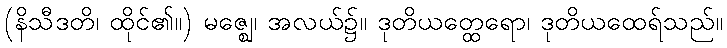
(နိသီဒတိ၊ ထိုင်၏။) မဇ္ဈေ၊ အလယ်၌။ ဒုတိယတ္ထေရော၊ ဒုတိယထေရ်သည်။